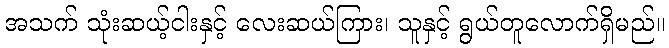
အသက် သုံးဆယ့်ငါးနှင့် လေးဆယ်ကြား၊ သူနှင့် ရွယ်တူလောက်ရှိမည်။